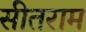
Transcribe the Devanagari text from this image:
सीतराम